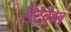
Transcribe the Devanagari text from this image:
डिटैचेबल